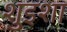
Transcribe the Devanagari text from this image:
शुइशा